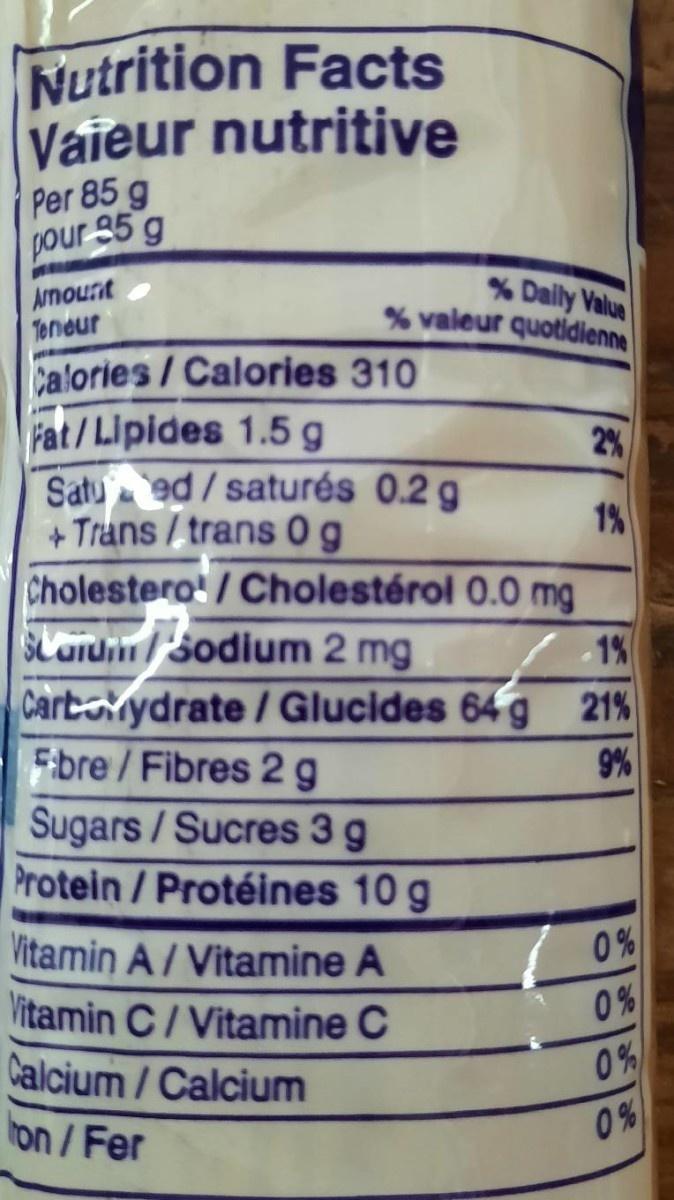
Nutrition Facts Vaieur nutritive Per 85 g pour 35 g
Arnount Teneur
% Daily Value % valeur quotidienne
Calories/ Calories 310 Fat/Lipides 1.5 g Satu ed/saturés 0.2 g + Trans / trans 0g Cholestero' / Cholestérol 0.0 mg
2%
1%
SLard/3odium 2 mg
-1%
Cartorydrate / Glucides 64 g 21% Ebre /Fibres 2 g
9%
Sugars/Sucres 3 g Protein / Protéines 10 g
0%
Vitamin A/ Vitamine A Vitamin C/ Vitamine C Calcium / Calcium on/Fer
0%
0%
0%